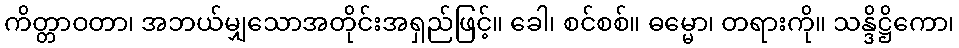
ကိတ္တာဝတာ၊ အဘယ်မျှသောအတိုင်းအရှည်ဖြင့်။ ခေါ၊ စင်စစ်။ ဓမ္မော၊ တရားကို။ သန္ဒိဋ္ဌိကော၊